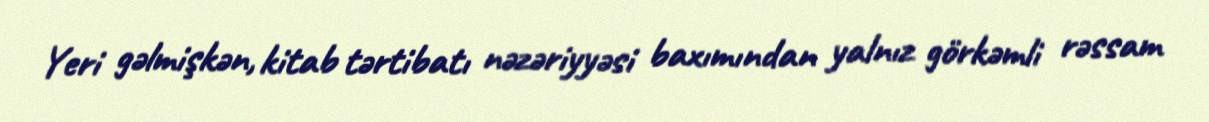
Yeri gəlmişkən, kitab tərtibatı nəzəriyyəsi baxımından yalnız görkəmli rəssam